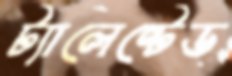
ট্যালেন্টেড